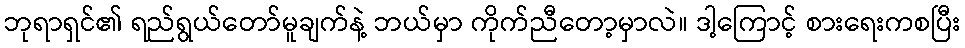
ဘုရာရှင်၏ ရည်ရွယ်တော်မူချက်နဲ့ ဘယ်မှာ ကိုက်ညီတော့မှာလဲ။ ဒါ့ကြောင့် စားရေးကစပြီး